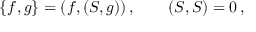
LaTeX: \{ f , g \} = ( f , ( S , g ) ) \, , \qquad ( S , S ) = 0 \, ,